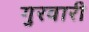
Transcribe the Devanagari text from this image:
गुरवारी